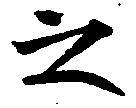
之